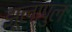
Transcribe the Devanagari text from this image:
झूलापुल